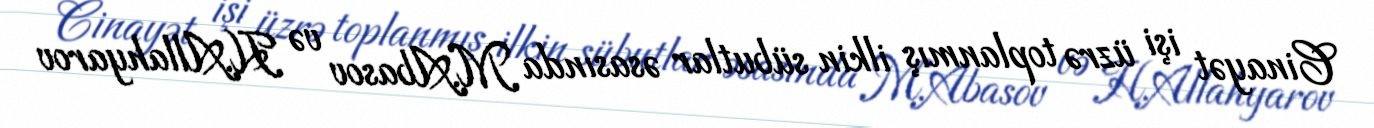
Cinayət işi üzrə toplanmış ilkin sübutlar əsasında M.Abasov və H.Allahyarov